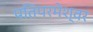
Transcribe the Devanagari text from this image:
पतिपरमेश्वर